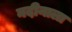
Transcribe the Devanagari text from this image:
नदीनाला